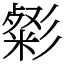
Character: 㣓